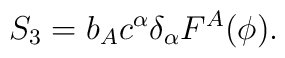
S_3 = b_A c^\alpha \delta_\alpha F^A(\phi).